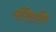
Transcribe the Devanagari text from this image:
लौरिएटशिप